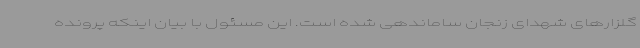
گلزارهای شهدای زنجان ساماندهی شده است. این مسئول با بیان اینکه پرونده